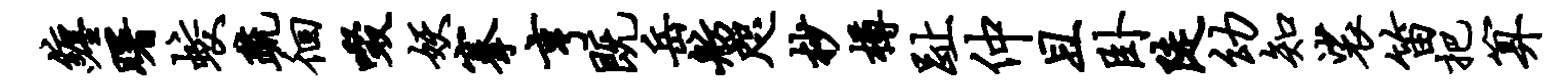
缠曙蛟疏徊啜妖搴亨既岳舫咫杪樽趾仲且卧陡幼知裟笛把算